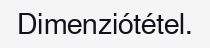
Dimenziótétel.